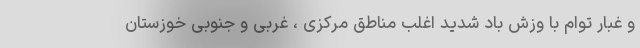
و غبار توام با وزش باد شدید اغلب مناطق مرکزی ، غربی و جنوبی خوزستان